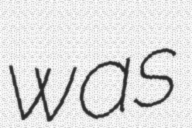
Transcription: was